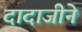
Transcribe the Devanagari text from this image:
दादाजीने